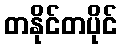
တနိုင်တပိုင်